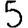
Digit: 5